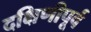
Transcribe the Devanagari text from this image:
दक्षिणीपूर्व